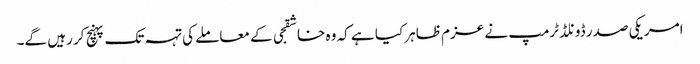
امریکی صدر ڈونلڈ ٹرمپ نے عزم ظاہر کیا ہے کہ وہ خاشقجی کے معاملے کی تہہ تک پہنچ کر رہیں گے۔